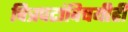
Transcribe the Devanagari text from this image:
चित्रपटांविषयीही